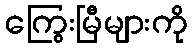
ကြွေးမြီများကို